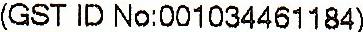
(GST ID NO:001034461184)